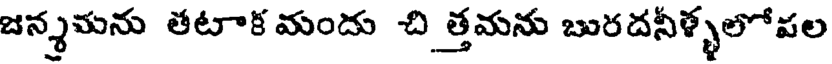
జన్మమను తటాక మందు చి త్తమను బురదనీళ్ళలోపల